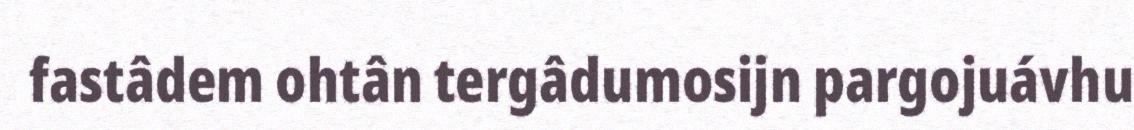
fastâdem ohtân tergâdumosijn pargojuávhu